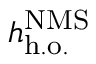
h _ { \mathrm { h . o . } } ^ { \mathrm { N M S } }